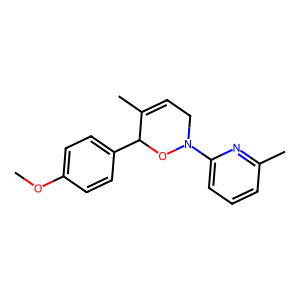
SMILES: COc1ccc(C2ON(c3cccc(C)n3)CC=C2C)cc1
Inhibits HIV replication: No